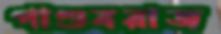
পাণ্ডবরাজ